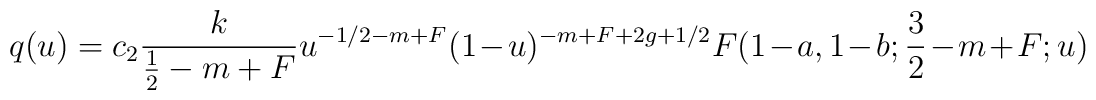
q(u)=c_2\frac k{\frac12-m+F}u^{-1/2-m+F}(1-u)^{-m+F+2g+1/2}F(1-a,1-b;\frac 32-m+F;u)